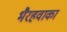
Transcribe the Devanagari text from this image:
भैरहवाका